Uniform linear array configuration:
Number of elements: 32
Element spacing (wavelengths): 0.25
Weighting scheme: cosine
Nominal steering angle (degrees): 45
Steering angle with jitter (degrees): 43.972
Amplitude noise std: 0.05
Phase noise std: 0.05

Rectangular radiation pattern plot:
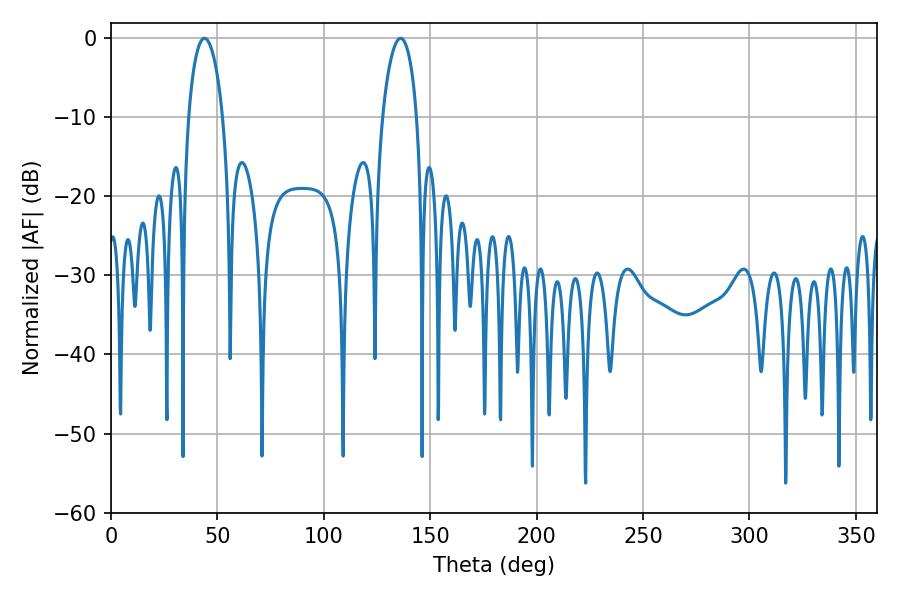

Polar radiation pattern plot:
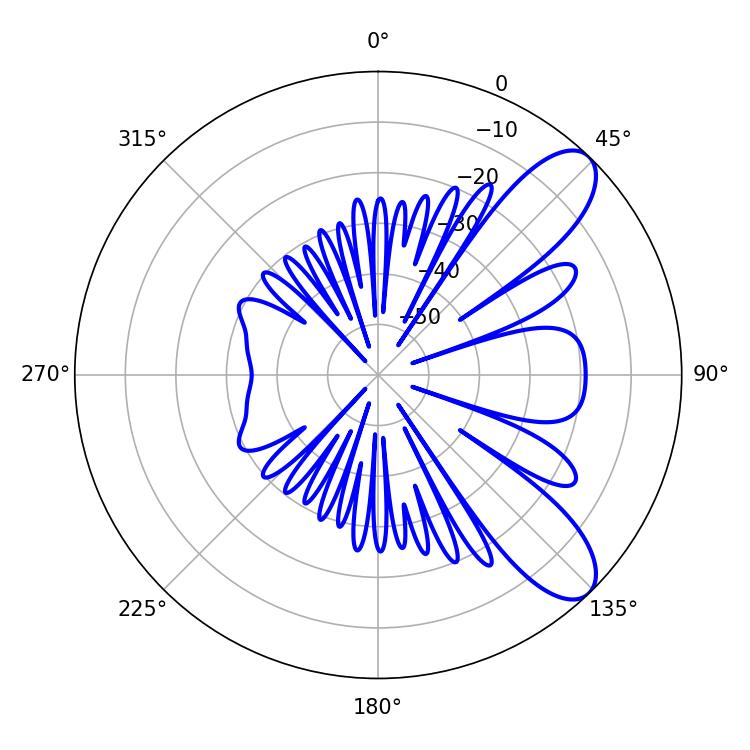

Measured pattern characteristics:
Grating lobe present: FALSE
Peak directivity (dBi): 9.1
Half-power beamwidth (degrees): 9.18
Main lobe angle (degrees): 43.92